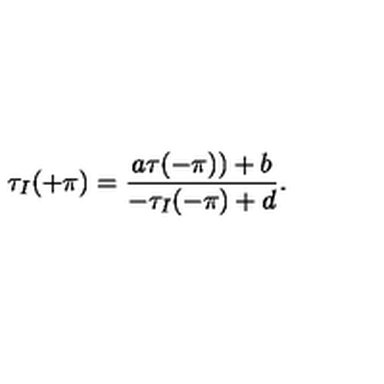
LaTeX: \tau _ { I } ( + \pi ) = \frac { a \tau ( - \pi ) ) + b } { - \tau _ { I } ( - \pi ) + d } .